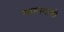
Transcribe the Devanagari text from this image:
मासायासी